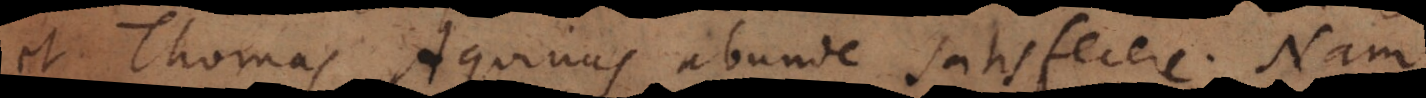
et Thomas Aquinus abunde satisfecere. Nam